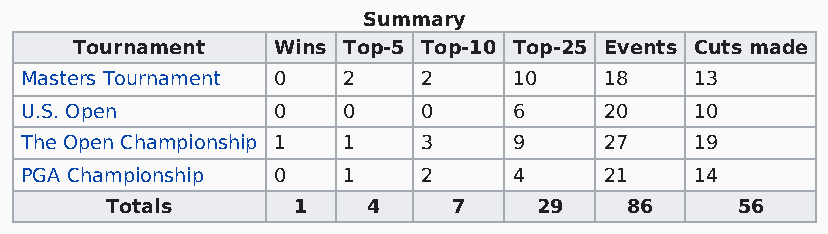
Summary
 Tournament   Wins Top-5 Top-10 Top-25 Events Cuts made
 Masters Tournament 0  2    2     10    18    13
 U.S. Open        0    0    0     6     20    10
 The Open Championship 1 1  3     9     27    19
 PGA Championship 0    1    2     4     21    14
 Totals      1    4     7    29    86      56